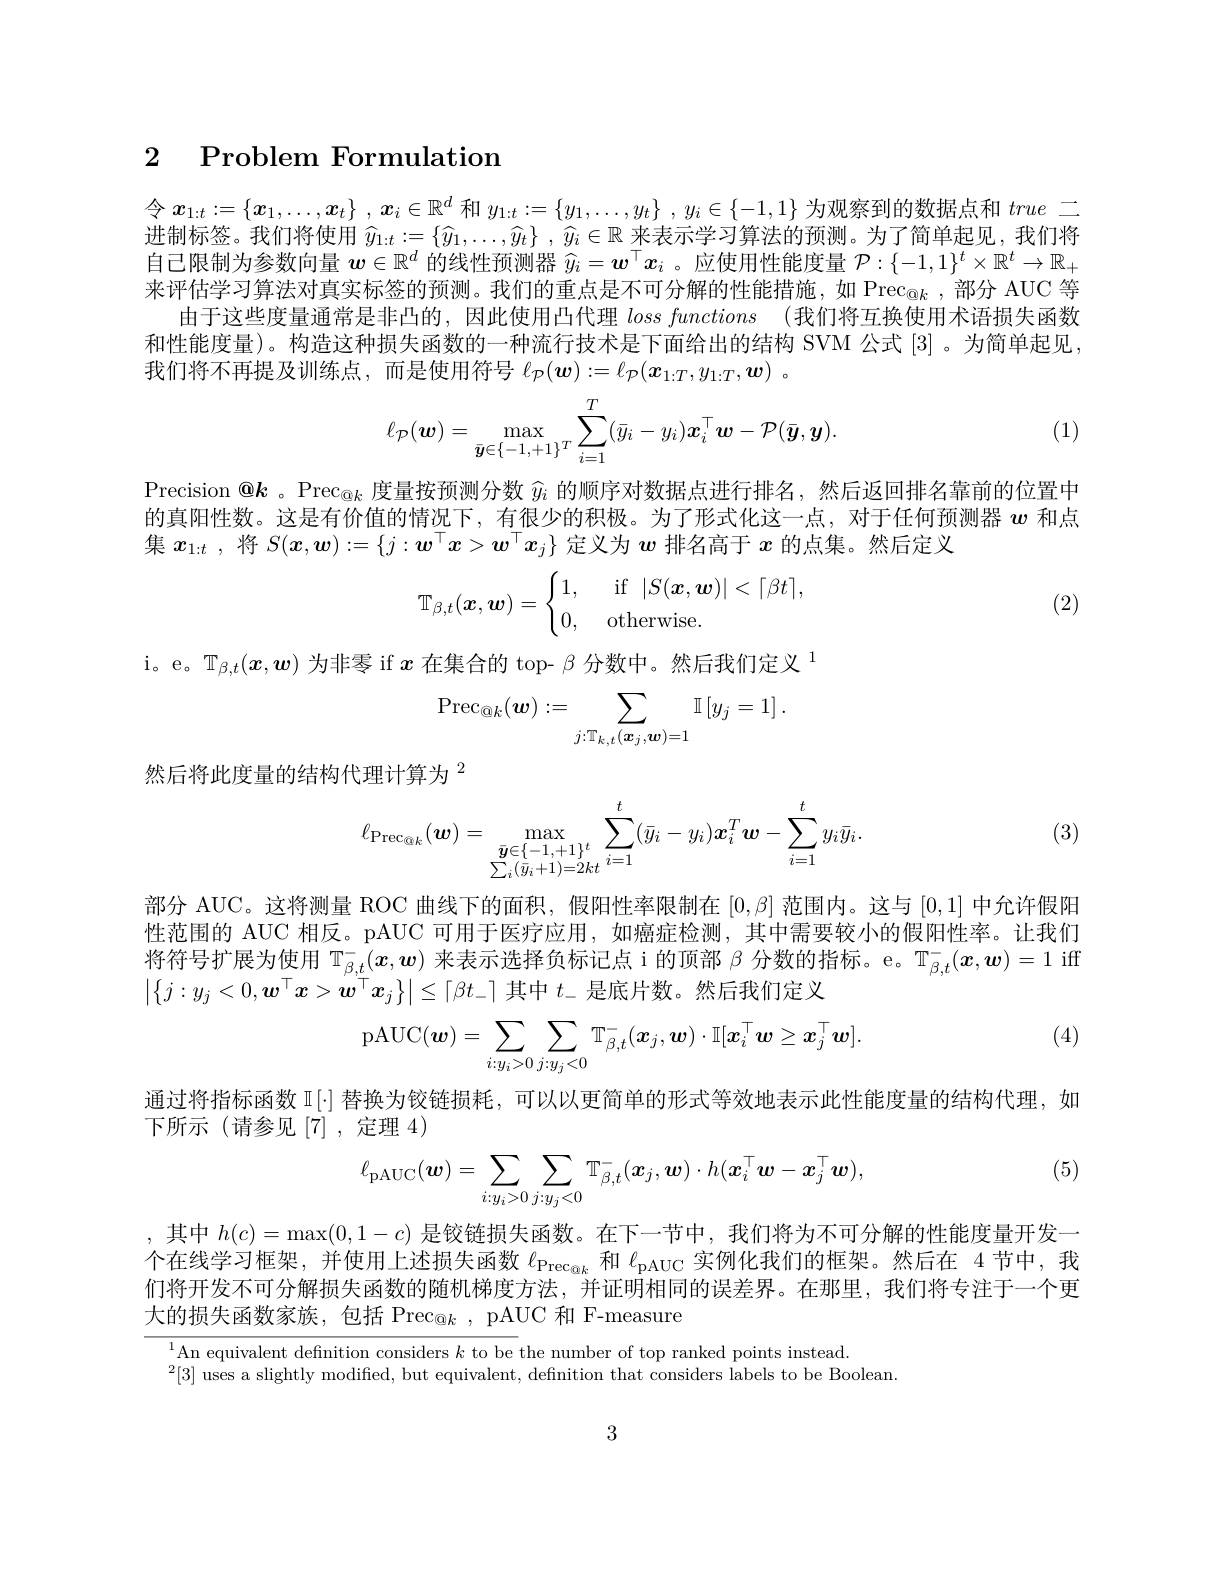
### 2 Problem Formulation

令$x_{1:t}:=\left\{x_1,\ldots,x_t\right\},\boldsymbol{x}_i\in\mathbb{R}^d$和$y_{1:t}:=\left\{y_1,\ldots,y_t\right\},y_i\in\left\{-1,1\right\}$为观察到的数据点和true二进制标签。我们将使用$\widehat{y}_{1:t}:=\left\{\widehat{y}_1,\ldots,\widehat{y}_t\right\},\widehat{y}_i\in\mathbb{R}$来表示学习算法的预测。为了简单起见，我们将自己限制为参数向量$w\in\mathbb{R}^d$的线性预测器$\widehat{y}_i=\boldsymbol{w}^\top x_i$ 。应使用性能度量$\mathcal{P}:\{-1,1\}^t\times\mathbb{R}^t\to\mathbb{R}_+$ 来评估学习算法对真实标签的预测。我们的重点是不可分解的性能措施，如 Prec$_{\text{@}k}$,部分 AUC 等
由于这些度量通常是非凸的，因此使用凸代理 lossfunctions (我们将互换使用术语损失函数和性能度量)。构造这种损失函数的一种流行技术是下面给出的结构 SVM 公式[3] 。为简单起见， 我们将不再提及训练点，而是使用符号$\ell_{\mathcal{P}}(\boldsymbol{w}):=\ell_{\mathcal{P}}(\boldsymbol{x}_{1:T},y_{1:T},\boldsymbol{w})$ 。
$$\ell_{\mathcal{P}}(\boldsymbol{w})=\max_{\bar{\boldsymbol{y}}\in\{-1,+1\}^T}\sum_{i=1}^T(\bar{y}_i-y_i)\boldsymbol{x}_i^\top\boldsymbol{w}-\mathcal{P}(\bar{\boldsymbol{y}},\boldsymbol{y}).$$
(1)

Precision @$k$ 。Prec$_{\textcircled{\text{画}}k}$度量按预测分数$\widehat{y}_i$的顺序对数据点进行排名，然后返回排名靠前的位置中的真阳性数。这是有价值的情况下，有很少的积极。为了形式化这一点，对于任何预测器$w$和点集$x_{1:t}$ ,将$S(x,\boldsymbol{w}):=\{j:\boldsymbol{w}^\top x>\boldsymbol{w}^\top x_j\}$定义为$w$排名高于$x$的点集。然后定义
$$\mathbb{T}_{\beta,t}(\boldsymbol{x},\boldsymbol{w})=\begin{cases}1,&\text{if}\:|S(\boldsymbol{x},\boldsymbol{w})|<\lceil\beta t\rceil,\\0,&\text{otherwise.}\end{cases}$$
(2)

i。e。$\mathbb{T}_{\beta,t}(\boldsymbol{x},\boldsymbol{w})$为非零 if $x$在集合的 top- $\beta\text{ 分数中。然后我们定义 }^{1}$
$$\operatorname{Prec}_{@k}(\boldsymbol{w}):=\sum_{j:\mathbb{T}_{k,t}(\boldsymbol{x}_j,\boldsymbol{w})=1}\mathbb{I}\left[y_j=1\right].$$
然后将此度量的结构代理计算为$^{2}$

(3)
$$\ell_{\mathrm{Prec}_{@k}}(\boldsymbol{w})=\max_{\bar{\boldsymbol{y}}\in\{-1,+1\}^t}\sum_{i=1}^t(\bar{y}_i-y_i)\boldsymbol{x}_i^T\boldsymbol{w}-\sum_{i=1}^ty_i\bar{y}_i.$$
部分 AUC。这将测量 ROC 曲线下的面积，假阳性率限制在$[0,\beta]$范围内。这与[0,1]中允许假阳性范围的 AUC 相反。pAUC 可用于医疗应用，如癌症检测，其中需要较小的假阳性率。让我们将符号扩展为使用$\underset{-}{\operatorname*{T}}^-(x,w)$来表示选择负标记点 i 的顶部$\beta$分数的指标。e。$\mathbb{T}_\beta,t^-(\boldsymbol{x},\boldsymbol{w})=1$ iff $\left|\left\{j:y_j<0,\boldsymbol{w}^\top x>\boldsymbol{w}^\top\boldsymbol{x}_j\right\}\right|\leq\left\lceil\beta t_-\right\rceil$其中 $t_-$ 是底片数。然后我们定义

(4)
$$\mathrm{pAUC}(\boldsymbol{w})=\sum_{i:y_i>0}\sum_{j:y_j<0}\mathbb{T}_{\beta,t}^-(\boldsymbol{x}_j,\boldsymbol{w})\cdot\mathbb{I}[\boldsymbol{x}_i^\top\boldsymbol{w}\geq\boldsymbol{x}_j^\top\boldsymbol{w}].$$
通过将指标函数$\mathbb{I}[\cdot]$替换为铰链损耗，可以以更简单的形式等效地表示此性能度量的结构代理，如
下所示(请参见[7],定理 4)

(5)
$$\ell_{\mathrm{pAUC}}(\boldsymbol{w})=\sum_{i:y_i>0}\sum_{j:y_j<0}\mathbb{T}_{\beta,t}^-(\boldsymbol{x}_j,\boldsymbol{w})\cdot h(\boldsymbol{x}_i^\top\boldsymbol{w}-\boldsymbol{x}_j^\top\boldsymbol{w}),$$
,其中$h(c)=\max(0,1-c)$是铰链损失函数。在下一节中，我们将为不可分解的性能度量开发一个在线学习框架，并使用上述损失函数$\ell_\mathrm{Prec}_{@k}$和$\ell_\mathrm{pAUC}$实例化我们的框架。然后在 4节中，我们将开发不可分解损失函数的随机梯度方法，并证明相同的误差界。在那里，我们将专注于一个更大的损失函数家族，包括 Prec$_{\textcircled{\text{a}}k}$, pAUC 和 F-measure

$^{1}$An equivalent defnition considers $k$ to be the number of top ranked points instead
$^2[3]$ uses a slightly modified, but equivalent, definition that considers labels to be Boolean

3